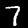
Label: 7